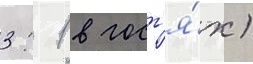
3: 1 в гост'я́х)